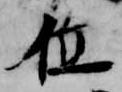
位